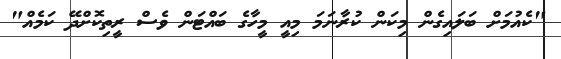
"ކެއުމަށް ބަލައިގެން މިކަން ކުރާނަމަ މިއީ މީހާގެ ބައްޓަން ވެސް ރީތިކޮށްދޭ ކަމެއް"